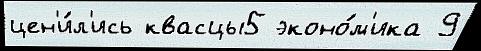
цен'и́л'ись квасцы5 эконо́м'ика 9